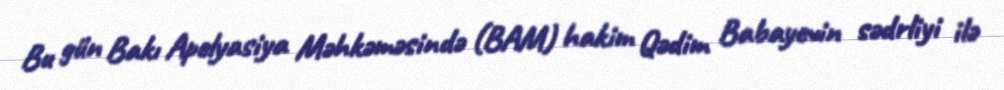
Bu gün Bakı Apelyasiya Məhkəməsində (BAM) hakim Qədim Babayevin sədrliyi ilə